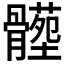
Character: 𩪝